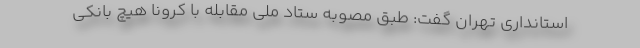
استانداری تهران گفت: طبق مصوبه ستاد ملی مقابله با کرونا هیچ بانکی